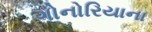
ગોનોરિયાના